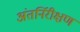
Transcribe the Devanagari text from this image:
अंतर्निरीक्षण